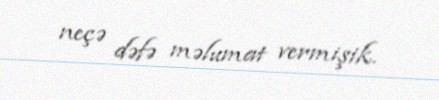
neçə dəfə məlumat vermişik.